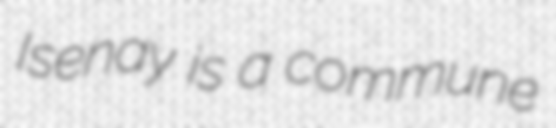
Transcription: Isenay is a commune